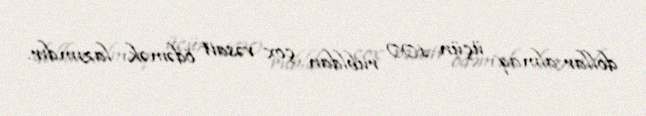
dollar almaq üçün 100 rubldan çox vəsait ödəmək lazımdır.